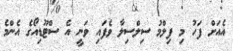
އެއަށް ފަހު މި ފިލްމު ސިލްސިލާ ވެފައި ވަނީ އެ ސްޓޫޑިއޯގެ އެންމެ